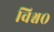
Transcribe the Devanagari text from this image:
विश्व०